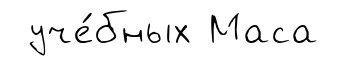
уче́бных Маса